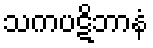
သကပဋိဘာနံ